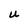
Character: U